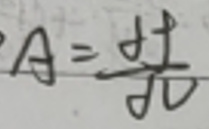
$A = \frac{\oint}{\oint_{0}}$